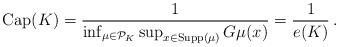
LaTeX: \begin{align*}{\rm Cap}(K)=\frac{1}{\inf_{\mu \in{\cal P}_K}\sup_{x\in{\rm Supp}(\mu)}G\mu(x)}=\frac{1}{e(K)}\, .\end{align*}